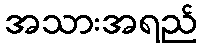
အသားအရည်